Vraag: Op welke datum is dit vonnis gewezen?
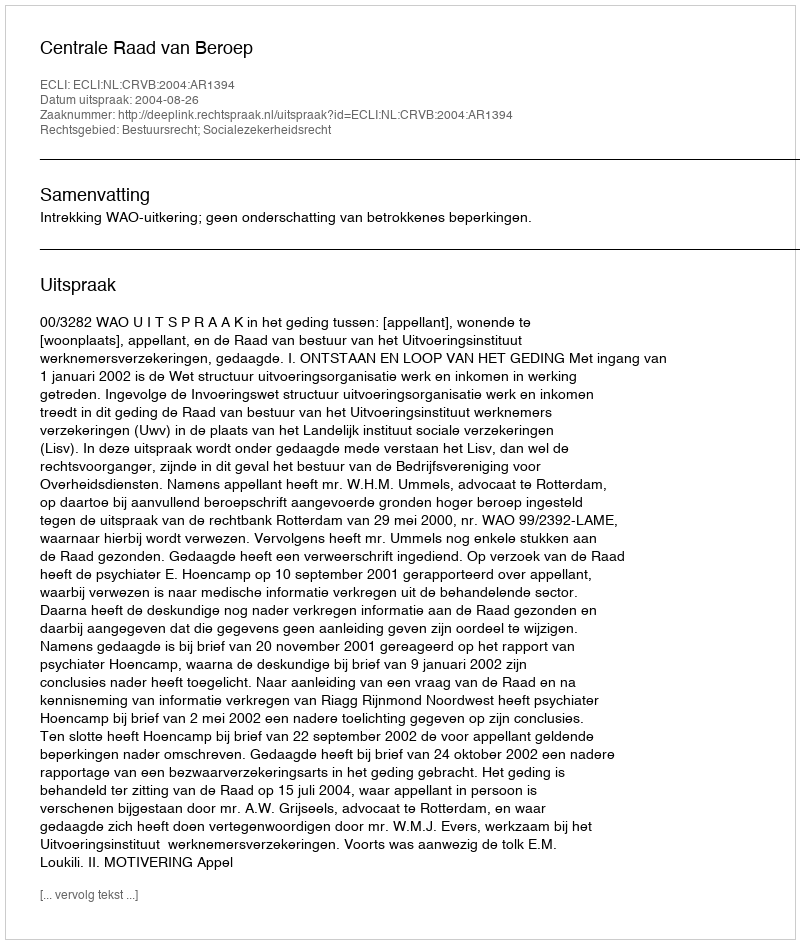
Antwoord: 2004-08-26